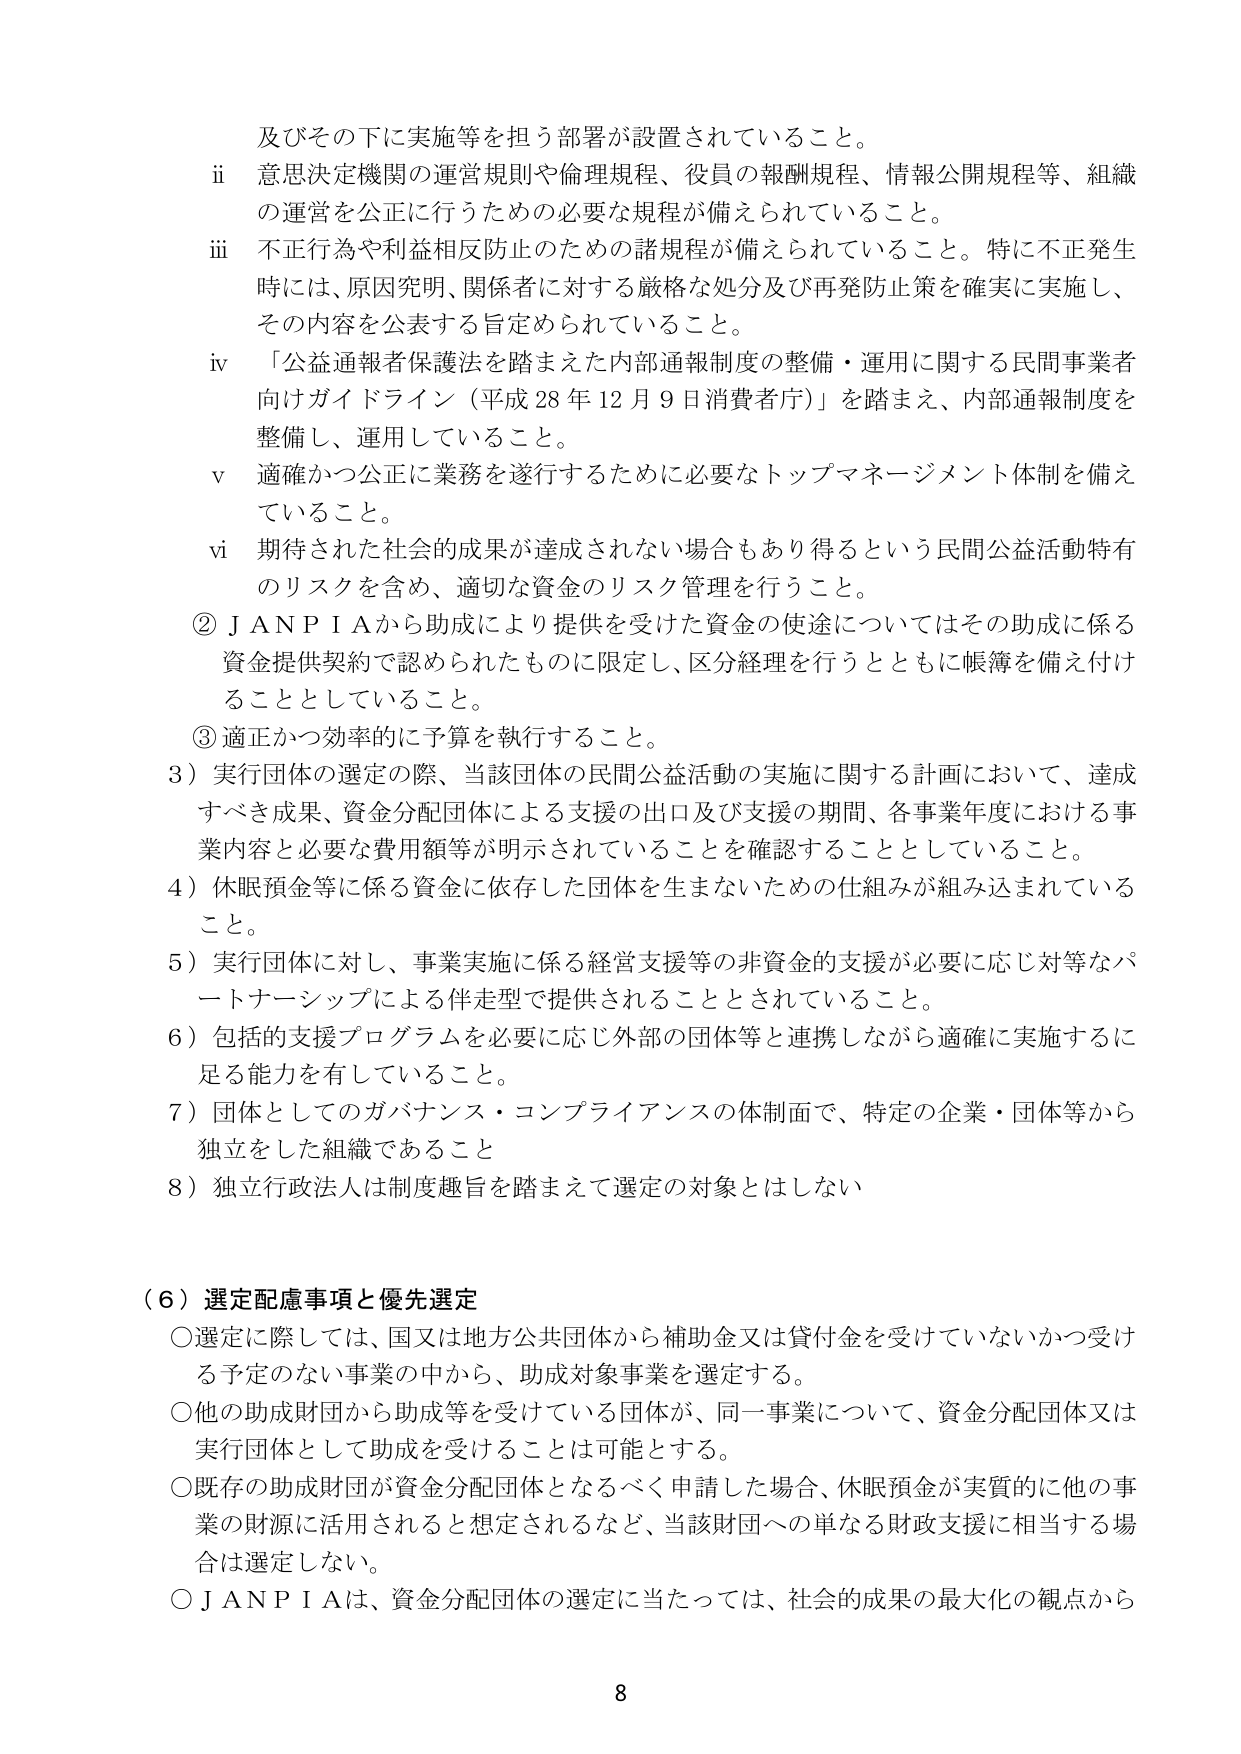
及びその下に実施等を担う部署が設置されていること。

ii 意思決定機関の運営規則や倫理規程、役員の報酬規程、情報公開規程等、組織の運営を公正に行うための必要な規程が備えられていること。

iii 不正行為や利益相反防止のための諸規程が備えられていること。特に不正発生時には、原因究明、関係者に対する厳格な処分及び再発防止策を確実に実施し、その内容を公表する旨定められていること。

iv 「公益通報者保護法を踏まえた内部通報制度の整備・運用に関する民間事業者向けガイドライン（平成28年12月9日消費者庁）」を踏まえ、内部通報制度を整備し、運用していること。

v 適確かつ公正に業務を遂行するために必要なトップマネージメント体制を備えていること。

vi 期待された社会的成果が達成されない場合もあり得るという民間公益活動特有のリスクを含め、適切な資金のリスク管理を行うこと。

② J A N P I Aから助成により提供を受けた資金の使途についてはその助成に係る資金提供契約で認められたものに限定し、区分経理を行うとともに帳簿を備え付けることとしていること。

③ 適正かつ効率的に予算を執行すること。

3）実行団体の選定の際、当該団体の民間公益活動の実施に関する計画において、達成すべき成果、資金分配団体による支援の出口及び支援の期間、各事業年度における事業内容と必要な費用額等が明示されていることを確認することとしていること。

4）休眠預金等に係る資金に依存した団体を生まないための仕組みが組み込まれていること。

5）実行団体に対し、事業実施に係る経営支援等の非資金的支援が必要に応じ対等なパートナーシップによる伴走型で提供されることとされていること。

6）包括的支援プログラムを必要に応じ外部の団体等と連携しながら適確に実施するに足る能力を有していること。

7）団体としてのガバナンス・コンプライアンスの体制面で、特定の企業・団体等から独立をした組織であること

8）独立行政法人は制度趣旨を踏まえて選定の対象とはしない

（6）選定配慮事項と優先選定

○選定に際しては、国又は地方公共団体から補助金又は貸付金を受けていないかつ受ける予定のない事業の中から、助成対象事業を選定する。

○他の助成財団から助成等を受けている団体が、同一事業について、資金分配団体又は実行団体として助成を受けることは可能とする。

○既存の助成財団が資金分配団体となるべく申請した場合、休眠預金が実質的に他の事業の財源に活用されると想定されるなど、当該財団への単なる財政支援に相当する場合は選定しない。

○J A N P I Aは、資金分配団体の選定に当たっては、社会的成果の最大化の観点から

8